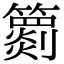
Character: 𥶖